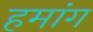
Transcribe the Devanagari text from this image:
हमांग